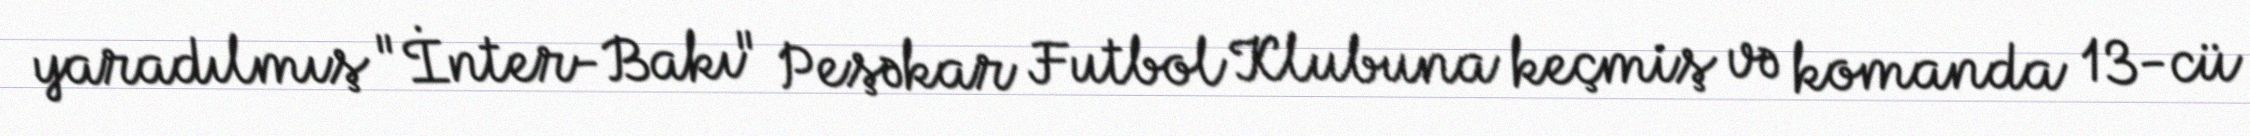
yaradılmış "İnter-Bakı" Peşəkar Futbol Klubuna keçmiş və komanda 13-cü